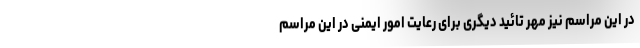
در این مراسم نیز مهر تائید دیگری برای رعایت امور ایمنی در این مراسم